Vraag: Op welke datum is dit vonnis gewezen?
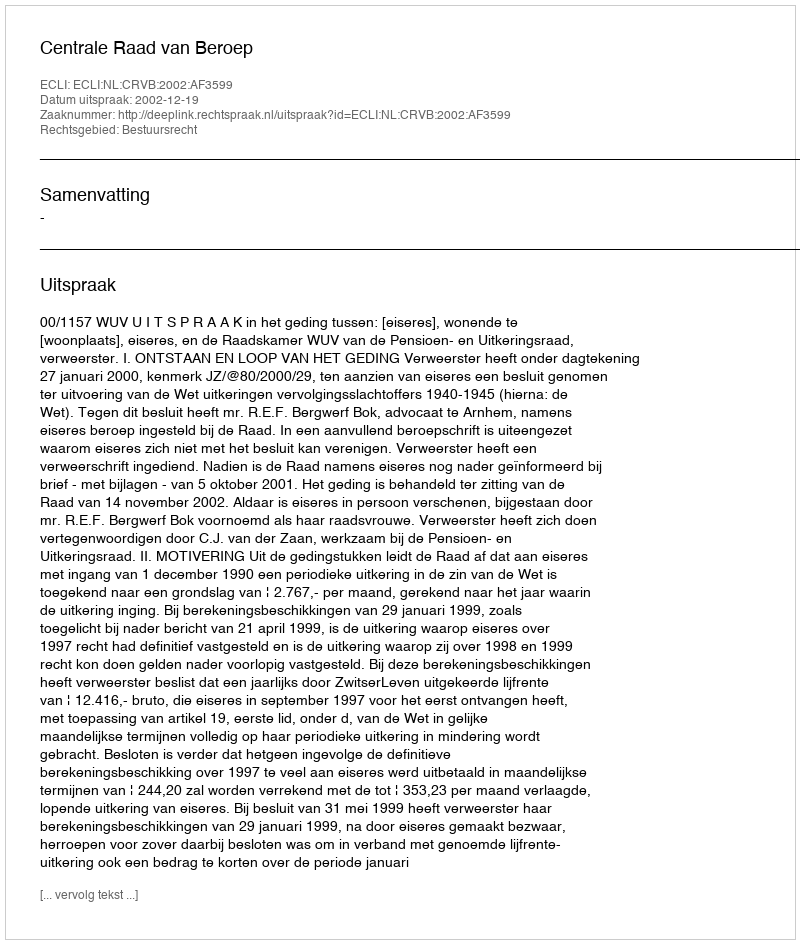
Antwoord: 2002-12-19